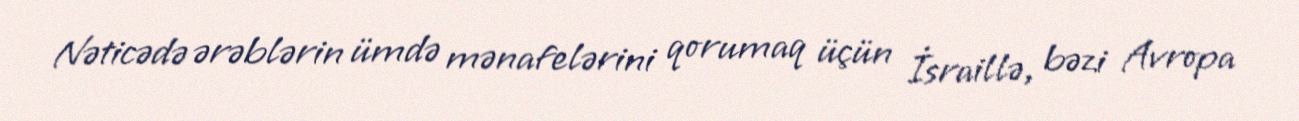
Nəticədə ərəblərin ümdə mənafelərini qorumaq üçün İsraillə, bəzi Avropa